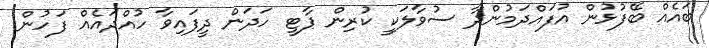
ބައެއް ބޭފުޅުން އުފައްދަމުންދާ ސުވާލަކީ ކުރިން ޕާޓީ ހަދަން ދީފައިވާ ހުއްދައެއް ފަހުން